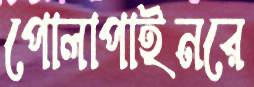
পোলাপাইনরে